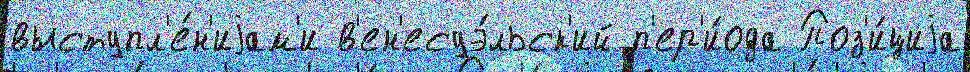
выступл'е́н'иjам'и в'ен'есуэ́льск'ий п'ер'и́ода Поз'и́циjа